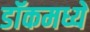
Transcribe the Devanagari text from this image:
डॉकमध्ये